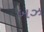
બઝ